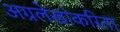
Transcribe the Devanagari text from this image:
अग्रलेखांकरिता